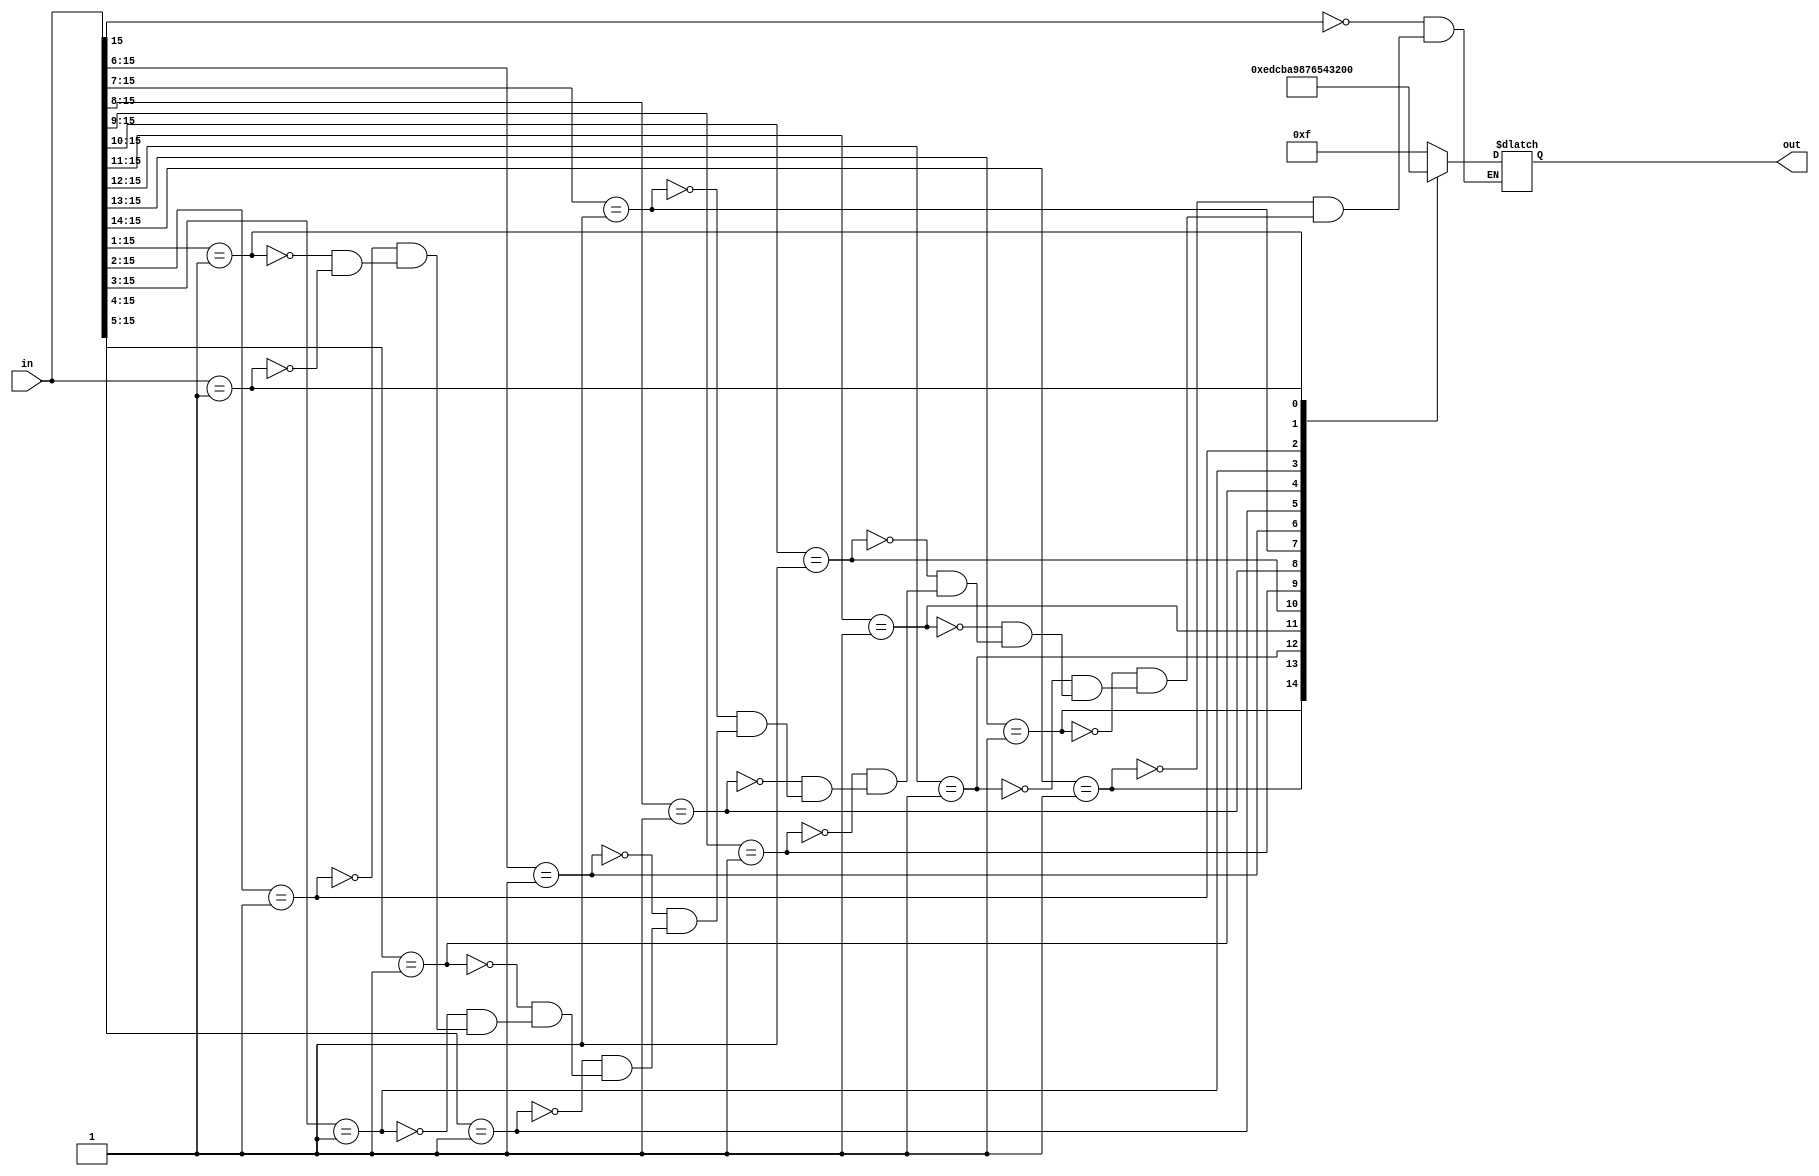
// Design a 16:4 Priority encoder using casex statement.

module priority_encoder_16to4(output reg [3:0] out,
                              input [15:0] in);

always @(*) begin
    casex (in)
        16'b1xxx_xxxx_xxxx_xxxx: out = 4'hf;
        16'b01xx_xxxx_xxxx_xxxx: out = 4'he;
        16'b001x_xxxx_xxxx_xxxx: out = 4'hd;
        16'b0001_xxxx_xxxx_xxxx: out = 4'hc;
        16'b0000_1xxx_xxxx_xxxx: out = 4'hb;
        16'b0000_01xx_xxxx_xxxx: out = 4'ha;
        16'b0000_001x_xxxx_xxxx: out = 4'h9;
        16'b0000_0001_xxxx_xxxx: out = 4'h8;
        16'b0000_0000_1xxx_xxxx: out = 4'h7;
        16'b0000_0000_01xx_xxxx: out = 4'h6;
        16'b0000_0000_001x_xxxx: out = 4'h5;
        16'b0000_0000_0001_xxxx: out = 4'h4;
        16'b0000_0000_0000_1xxx: out = 4'h3;
        16'b0000_0000_0000_01xx: out = 4'h2;
        16'b0000_0000_0000_001x: out = 4'h1;
        16'b0000_0000_0000_0001: out = 4'h0; 
    endcase
end

endmodule